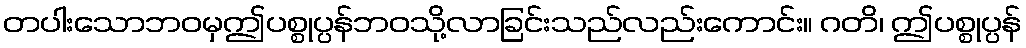
တပါးသောဘဝမှဤပစ္စုပ္ပန်ဘဝသို့လာခြင်းသည်လည်းကောင်း။ ဂတိ၊ ဤပစ္စုပ္ပန်